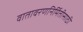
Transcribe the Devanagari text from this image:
वातावरणनिर्मितीसाठी